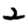
Digit: 2